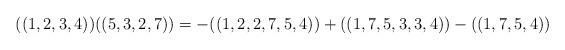
LaTeX: \begin{align*}((1,2,3,4)) ((5,3,2,7)) = - ((1,2,2,7,5,4)) +((1,7,5,3,3,4)) - ((1,7,5,4))\end{align*}